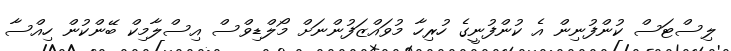
ލިސްޓަސް ކުންފުނިން އެ ކުންފުނީގެ ހުރިހާ މުވައްޒަފުންނަށް މޯލްޑިވްސް އިސްލާމިކް ބޭންކުން ހިއްސާ